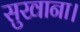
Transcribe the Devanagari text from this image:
सुखाना।